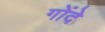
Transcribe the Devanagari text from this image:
गोंदे